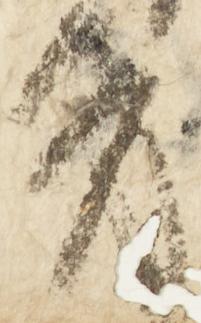
夏